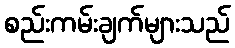
စည်းကမ်းချက်များသည်